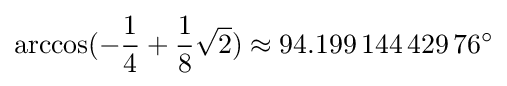
\arccos(-{\frac {1}{4}}+{\frac {1}{8}}{\sqrt {2}})\approx 94.199\,144\,429\,76^{\circ }